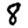
Digit: 8